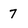
Character: 7